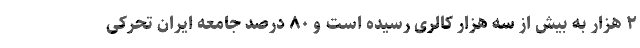
۲ هزار به بیش از سه هزار کالری رسیده است و ۸۰ درصد جامعه ایران تحرکی